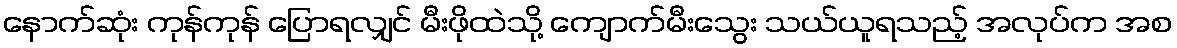
နောက်ဆုံး ကုန်ကုန် ပြောရလျှင် မီးဖိုထဲသို့ ကျောက်မီးသွေး သယ်ယူရသည့် အလုပ်က အစ